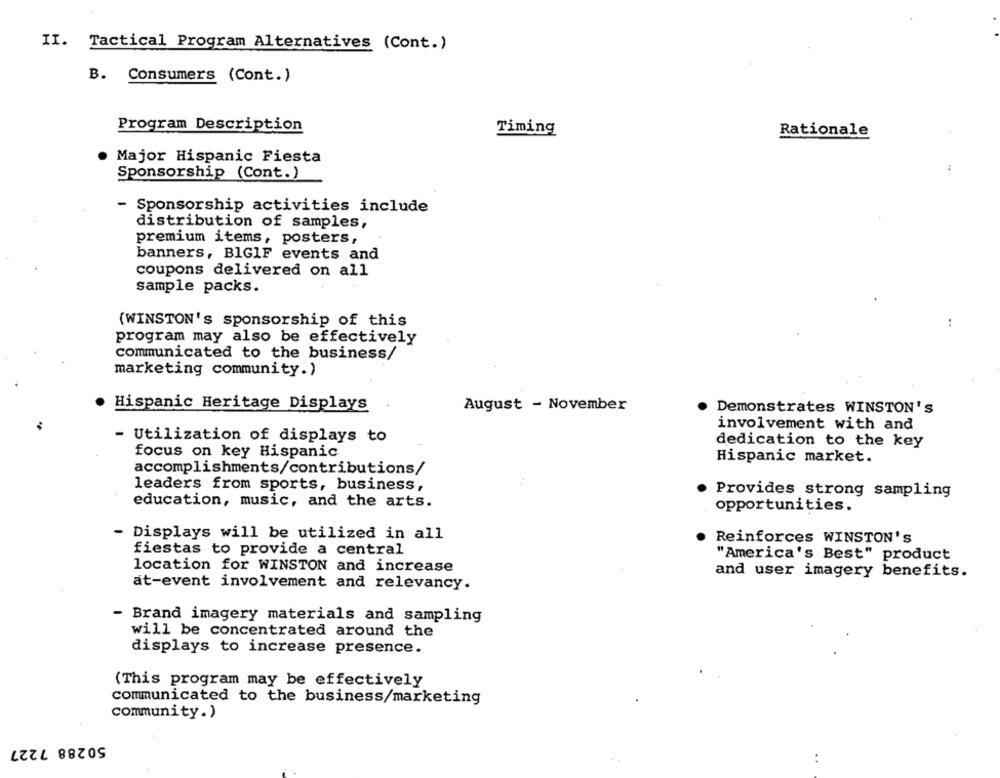
II. Tactical Program Alternatives (Cont.)
B. Consumers (Cont.)
Program Description
Timing
Rationale
. Major Hispanic Fiesta
:
Sponsorship (Cont.)
Sponsorship activities include
distribution of samples,
premium items, posters,
banners, BIGIF events and
coupons delivered on all
sample packs.
(WINSTON's sponsorship of this
:
program may also be effectively
communicated to the business/
marketing community.)
Hispanic Heritage Displays
August - November
Demonstrates WINSTON'S
involvement with and
- Utilization of displays to
dedication to the key
focus on key Hispanic
Hispanic market.
accomplishments/contributions/
leaders from sports, business,
Provides strong sampling
education, music, and the arts.
opportunities.
Displays will be utilized in all
Reinforces WINSTON'S
fiestas to provide a central
"America's Best" product
location for WINSTON and increase
and user imagery benefits.
at-event involvement and relevancy.
Brand imagery materials and sampling
will be concentrated around the
displays to increase presence.
(This program may be effectively
communicated to the business/marketing
community.)
50288 7227
..